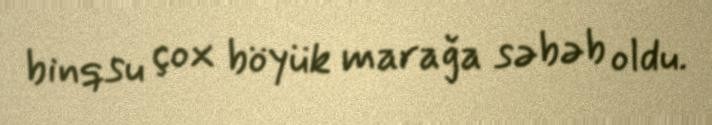
binqsu çox böyük marağa səbəb oldu.